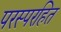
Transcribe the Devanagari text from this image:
परस्परहित